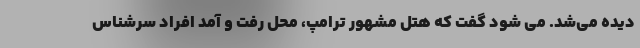
دیده می‌شد. می شود گفت که هتل مشهور ترامپ، محل رفت و آمد افراد سرشناس